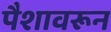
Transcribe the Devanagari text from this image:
पैशावरून